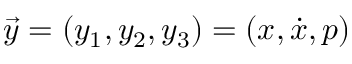
\vec { y } = \left( y _ { 1 } , y _ { 2 } , y _ { 3 } \right) = \left( x , \dot { x } , p \right)